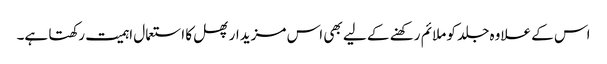
اس کے علاوہ جلد کو ملائم رکھنے کے لیے بھی اس مزیدار پھل کا استعمال اہمیت رکھتا ہے۔